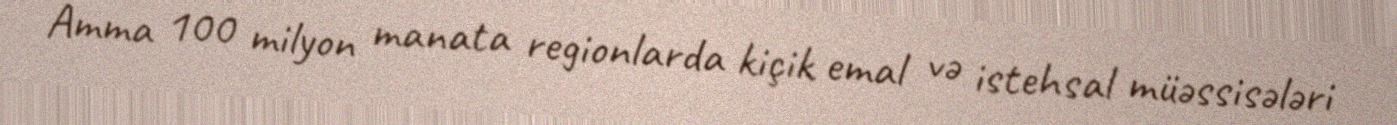
Amma 100 milyon manata regionlarda kiçik emal və istehsal müəssisələri